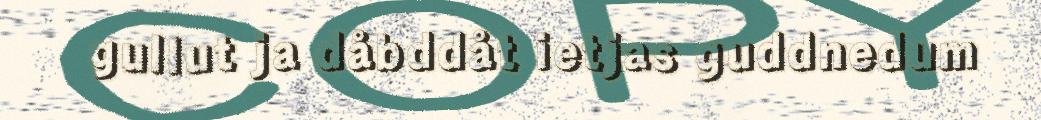
gullut ja dåbddåt ietjas guddnedum